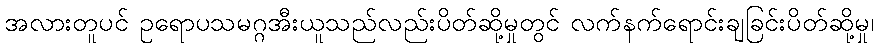
အလားတူပင် ဥရောပသမဂ္ဂအီးယူသည်လည်းပိတ်ဆို့မှုတွင် လက်နက်ရောင်းချခြင်းပိတ်ဆို့မှု၊